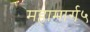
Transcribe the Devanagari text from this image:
महामार्ग५